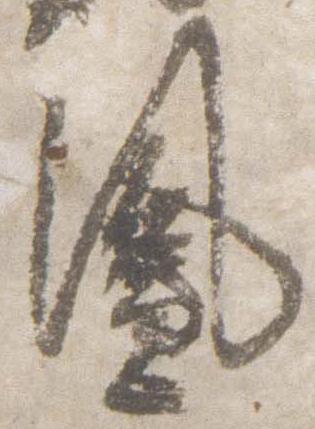
鳳